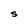
Character: S